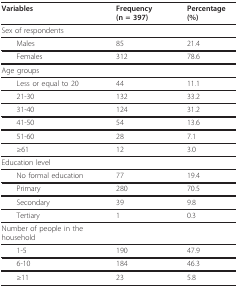
| Variables | Frequency (n = 397) | Percentage (%) |
 | --- | --- | --- |
 | Sex of respondents |  |  |
 | Males | 85 | 21.4 |
 | Females | 312 | 78.6 |
 | Age groups |  |  |
 | Less or equal to 20 | 44 | 11.1 |
 | 21-30 | 132 | 33.2 |
 | 31-40 | 124 | 31.2 |
 | 41-50 | 54 | 13.6 |
 | 51-60 | 28 | 7.1 |
 | ≥61 | 12 | 3.0 |
 | Education level |  |  |
 | No formal education | 77 | 19.4 |
 | Primary | 280 | 70.5 |
 | Secondary | 39 | 9.8 |
 | Tertiary | 1 | 0.3 |
 | Number of people in the household |  |  |
 | 1-5 | 190 | 47.9 |
 | 6-10 | 184 | 46.3 |
 | ≥11 | 23 | 5.8 |